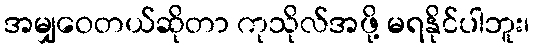
အမျှဝေတယ်ဆိုတာ ကုသိုလ်အဖို့ မရနိုင်ပါဘူး၊